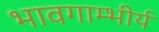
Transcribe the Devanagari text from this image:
भावगाम्भीर्य